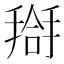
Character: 搿